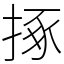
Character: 㧻